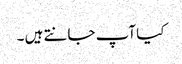
کیا آپ جانتے ہیں ۔